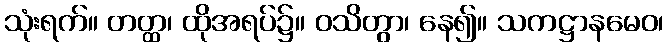
သုံးရက်။ တတ္ထ၊ ထိုအရပ်၌။ ဝသိတွာ၊ နေ၍။ သကဋ္ဌာနမေဝ၊